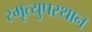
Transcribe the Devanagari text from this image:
स्मृत्युपस्थान